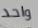
واحد